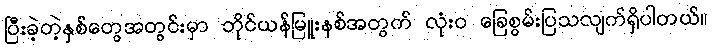
ပြီးခဲ့တဲ့နှစ်တွေအတွင်းမှာ ဘိုင်ယန်မြူးနစ်အတွက် လုံးဝ ခြေစွမ်းပြသလျက်ရှိပါတယ်။